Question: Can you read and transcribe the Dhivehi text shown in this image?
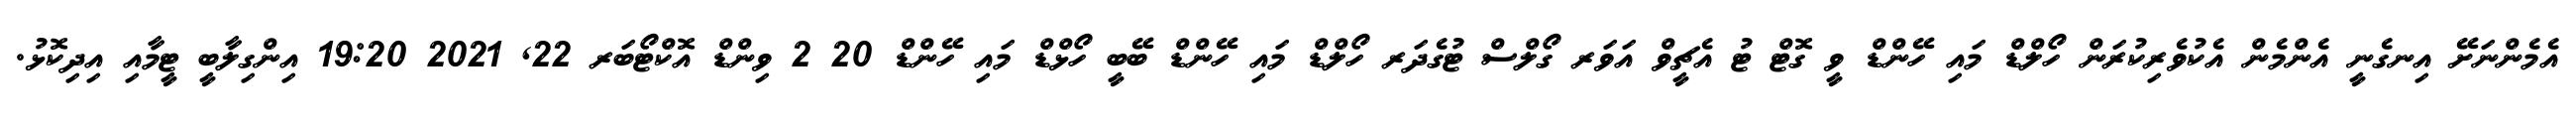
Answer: އެމެންނަށޭ އިނގެނީ އެންމެން އެކުވެރިކުރަން ހޯލްޑް މައި ހޭންޑް ވީ ގޮޓް ޓު އެޗީވް އަވަރ ގޯލްސް ޓުގެދަރ ހޯލްޑް މައި ހޭންޑް ބޭބީ ހޯޅްޑް މައި ހޭންޑް 20 2 ވިންޑް އޮކްޓޯބަރ 22, 2021 19:20 އިންގިލާބީ ޓީމާއި އިދިކޮޅު.